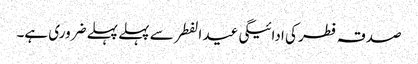
صدقہ فطر کی ادائیگی عید الفطر سے پہلے پہلے ضروری ہے۔